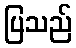
ပြသည်